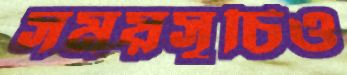
সময়সূচিও